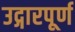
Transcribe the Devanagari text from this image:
उद्गारपूर्ण